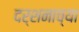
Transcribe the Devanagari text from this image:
दर्शनाच्या